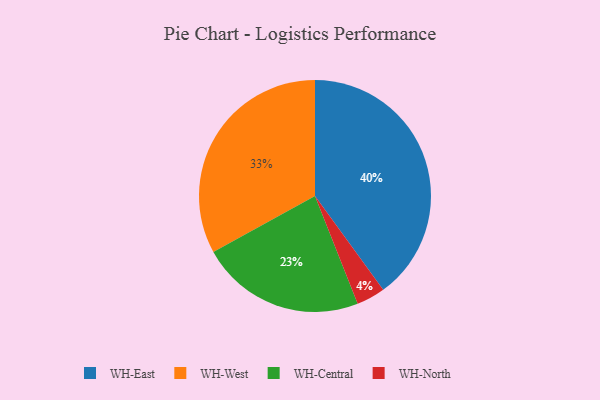
{"axis": {"x": "Category", "y": "Percentage"}, "legend": ["WH-Central", "WH-East", "WH-North", "WH-West"], "data": [{"x": "WH-Central", "y": 23, "type": "WH-Central"}, {"x": "WH-North", "y": 4, "type": "WH-North"}, {"x": "WH-West", "y": 33, "type": "WH-West"}, {"x": "WH-East", "y": 40, "type": "WH-East"}]}